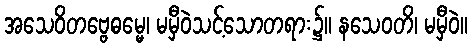
အသေဝိတဗ္ဗေဓမ္မေ၊ မမှီဝဲသင့်သောတရား၌။ နသေဝတိ၊ မမှီဝဲ။